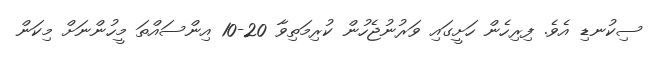
ސިކުނޑި އެވެ. ފިރިހެން ހަށީގައި ވަރުނުޖެހުން ކުރިމަތިވާ 20-10 އިންސައްތަ މީހުންނަށް މިކަން